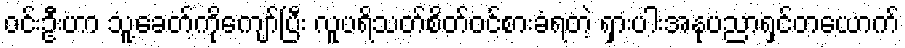
ဝင်းဦးဟာ သူ့ခေတ်ကိုကျော်ပြီး လူပရိသတ်စိတ်ဝင်စားခံရတဲ့ ရှားပါးအနုပညာရှင်တယောက်